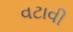
વટાવી